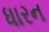
ધારન